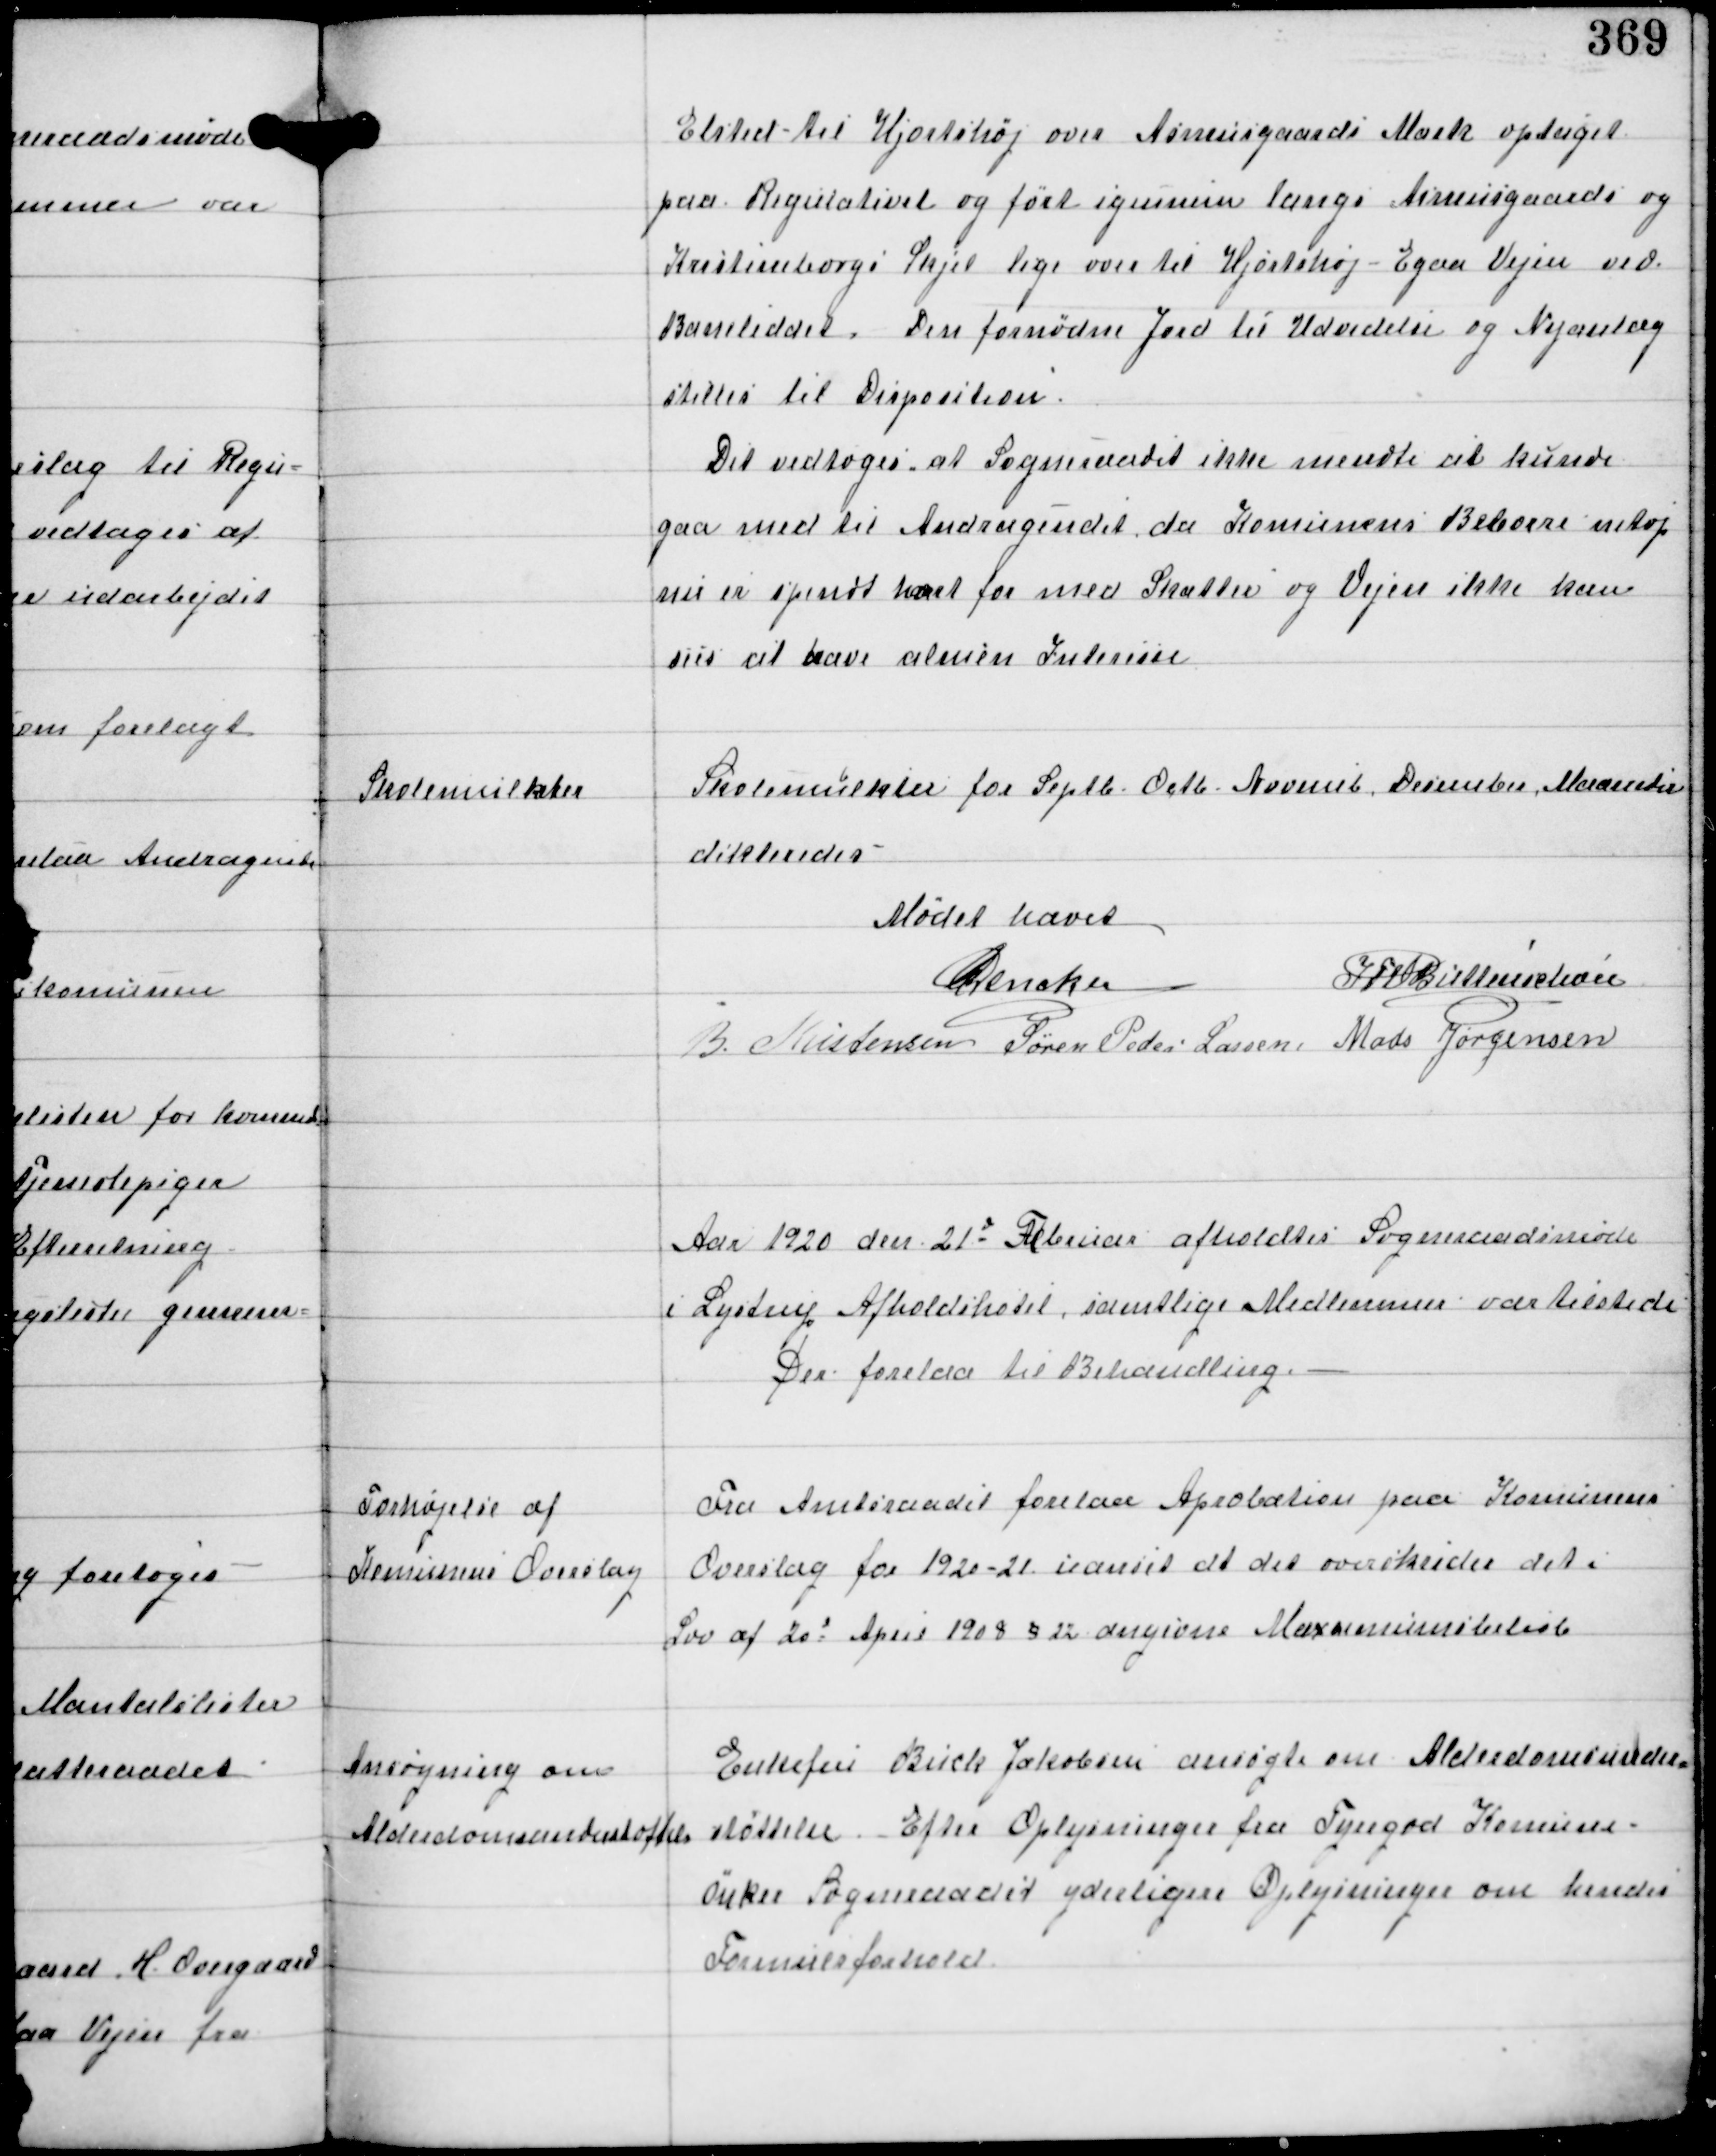
Transskription:
Elsted til Hjorthøj over Asmusgaards Mark optaget
paa Regulativet og ført igennem langs Asmusgaards og
Kristineborgs Skjel lige over til Hjortshøj-Egaa Vejen ved
Baneleddet. Den fornødne Jord til udvidelse og Vejanlæg
stilles til Disposition.
Det vedtoges at Sogneraadet ikke mendte at kunde
gaa med til Andragendet da Komunens Beboere netop
nu er spændt haard for med Skatter og Vejen ikke kan
sies at have almen Interesse

Skolemulkter

Skolemulkter for Septb - Octb - Novemb December Maaneder
dikteredes.

Mødet hævet
C Dencker
IFV Buttenschøn
B Kristensen Søren Peder Lassen Mads Jørgensen

Aar 1920 den 21d Februar afholdtes Sogneraadsmøde
i Lystrup Afholdshotel, samtlige Medlemmer var tilstede
Der forelaa til Behandling.

Forhøjelse af
Komunens Overslag

Fra Amtsraadet forelaa Aprobation paa Komunens
Overslag for 1920-21 uanset at det overskrides det i
Lov af 30d April 1908 §22 angivne Maximunsbeløb

Ansøgning om
Alderdomsunderstøttelse

Enkefru Birck Jakobsen ansøgte om Alderdomsunder-
støttelse. Efter Oplysninger fra Tyregod Komune
Ønsker Sogneraadet yderligere Oplysninger om hendes
Forsørgelsesforhold